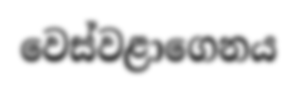
වෙස්වළාගෙනය